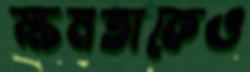
ক্ষমতাকেও